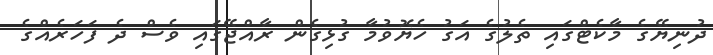
ދުނިޔޭގެ މާކެޓްގައި ތެލުގެ އަގު ހެޔޮވުމާ ގުޅިގެން ރާއްޖޭގައި ވެސް ދެ ފަހަރެއްގެ